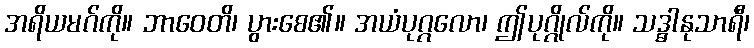
အရိယမဂ်ကို။ ဘာဝေတိ၊ ပွားစေ၏။ အယံပုဂ္ဂလော၊ ဤပုဂ္ဂိုလ်ကို။ သဒ္ဓါနုသာရီ၊